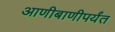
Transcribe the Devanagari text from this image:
आणीबाणीपर्यंत